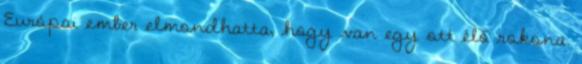
Európai ember elmondhatta, hogy van egy ott élő rokona.